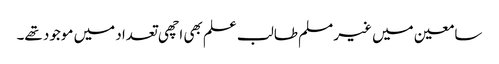
سامعین میں غیر مسلم طالب علم بھی اچھی تعداد میں موجود تھے۔